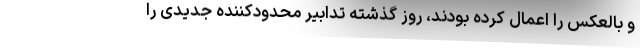
و بالعکس را اعمال کرده بودند، روز گذشته تدابیر محدودکننده جدیدی را